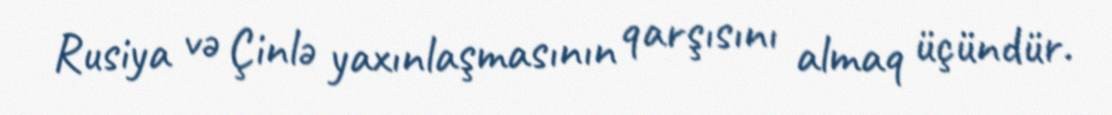
Rusiya və Çinlə yaxınlaşmasının qarşısını almaq üçündür.